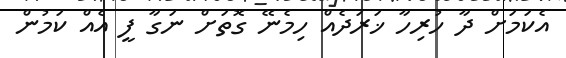
އެކަމަށް ދާ ހުރިހާ ޚަރަދެއް ހިމެނޭ ގޮތަށް ނަގާ ފީ އެއް ކަމުން